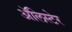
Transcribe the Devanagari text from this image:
अॅलिस्टेर